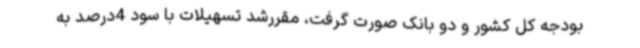
بودجه کل کشور و دو بانک صورت گرفت، مقررشد تسهیلات با سود 4درصد به